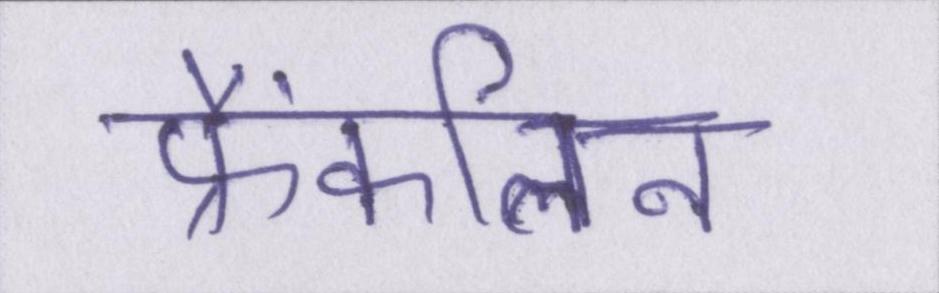
फ्रैंकलिन